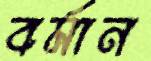
বর্মান